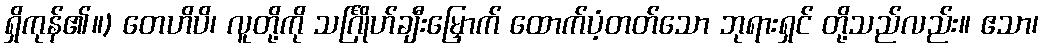
ရှိကုန်၏။) တေဟိပိ၊ လူတို့ကို သင်္ဂြိုဟ်ချီးမြှောက် ထောက်ပံ့တတ်သော ဘုရားရှင် တို့သည်လည်း။ ဧသာ၊